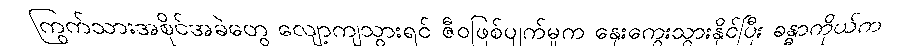
ကြွက်သားအစိုင်အခဲတွေ လျော့ကျသွားရင် ဇီဝဖြစ်ပျက်မှုက နှေးကွေးသွားနိုင်ပြီး ခန္ဓာကိုယ်က